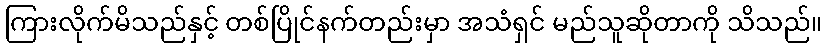
ကြားလိုက်မိသည်နှင့် တစ်ပြိုင်နက်တည်းမှာ အသံရှင် မည်သူဆိုတာကို သိသည်။